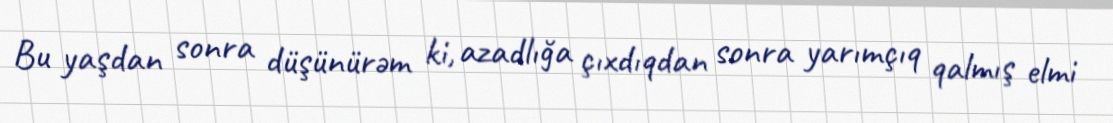
Bu yaşdan sonra düşünürəm ki, azadlığa çıxdıqdan sonra yarımçıq qalmış elmi